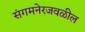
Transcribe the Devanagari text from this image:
संगमनेरजवळील